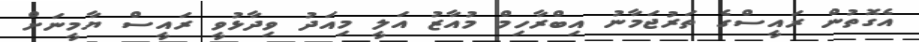
އެގޮތުން ރައީސްގެ ތަރުޖަމާނު އިބްރާހިމް މުއާޒު އަލީ މިއަދު ވިދާޅުވީ ރައީސް ޔާމީނަށް